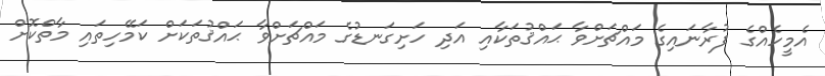
އެމީހެއްގެ ފުރާނައިގެ މައްޗަށްވާ ޙައްޤުތަކާއި އަދި ހަށިގަނޑުގެ މައްޗަށްވާ ޙައްޤުތަކަށް ކަމޭހިތައި މާތްކޮށް